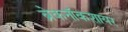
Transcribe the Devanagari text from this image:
ब्रेकनॉकशायर